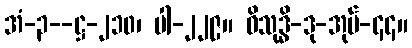
အံ-၃--ဋ္ဌ-၂၁၀၊ ပါ-၂၂၉။ ဝိသုဒ္ဓိ-ဒု-အုပ်-၄၄။